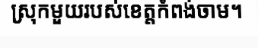
ស្រុកមួយរបស់ខេត្តកំពង់ចាម។